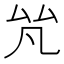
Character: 𠫨